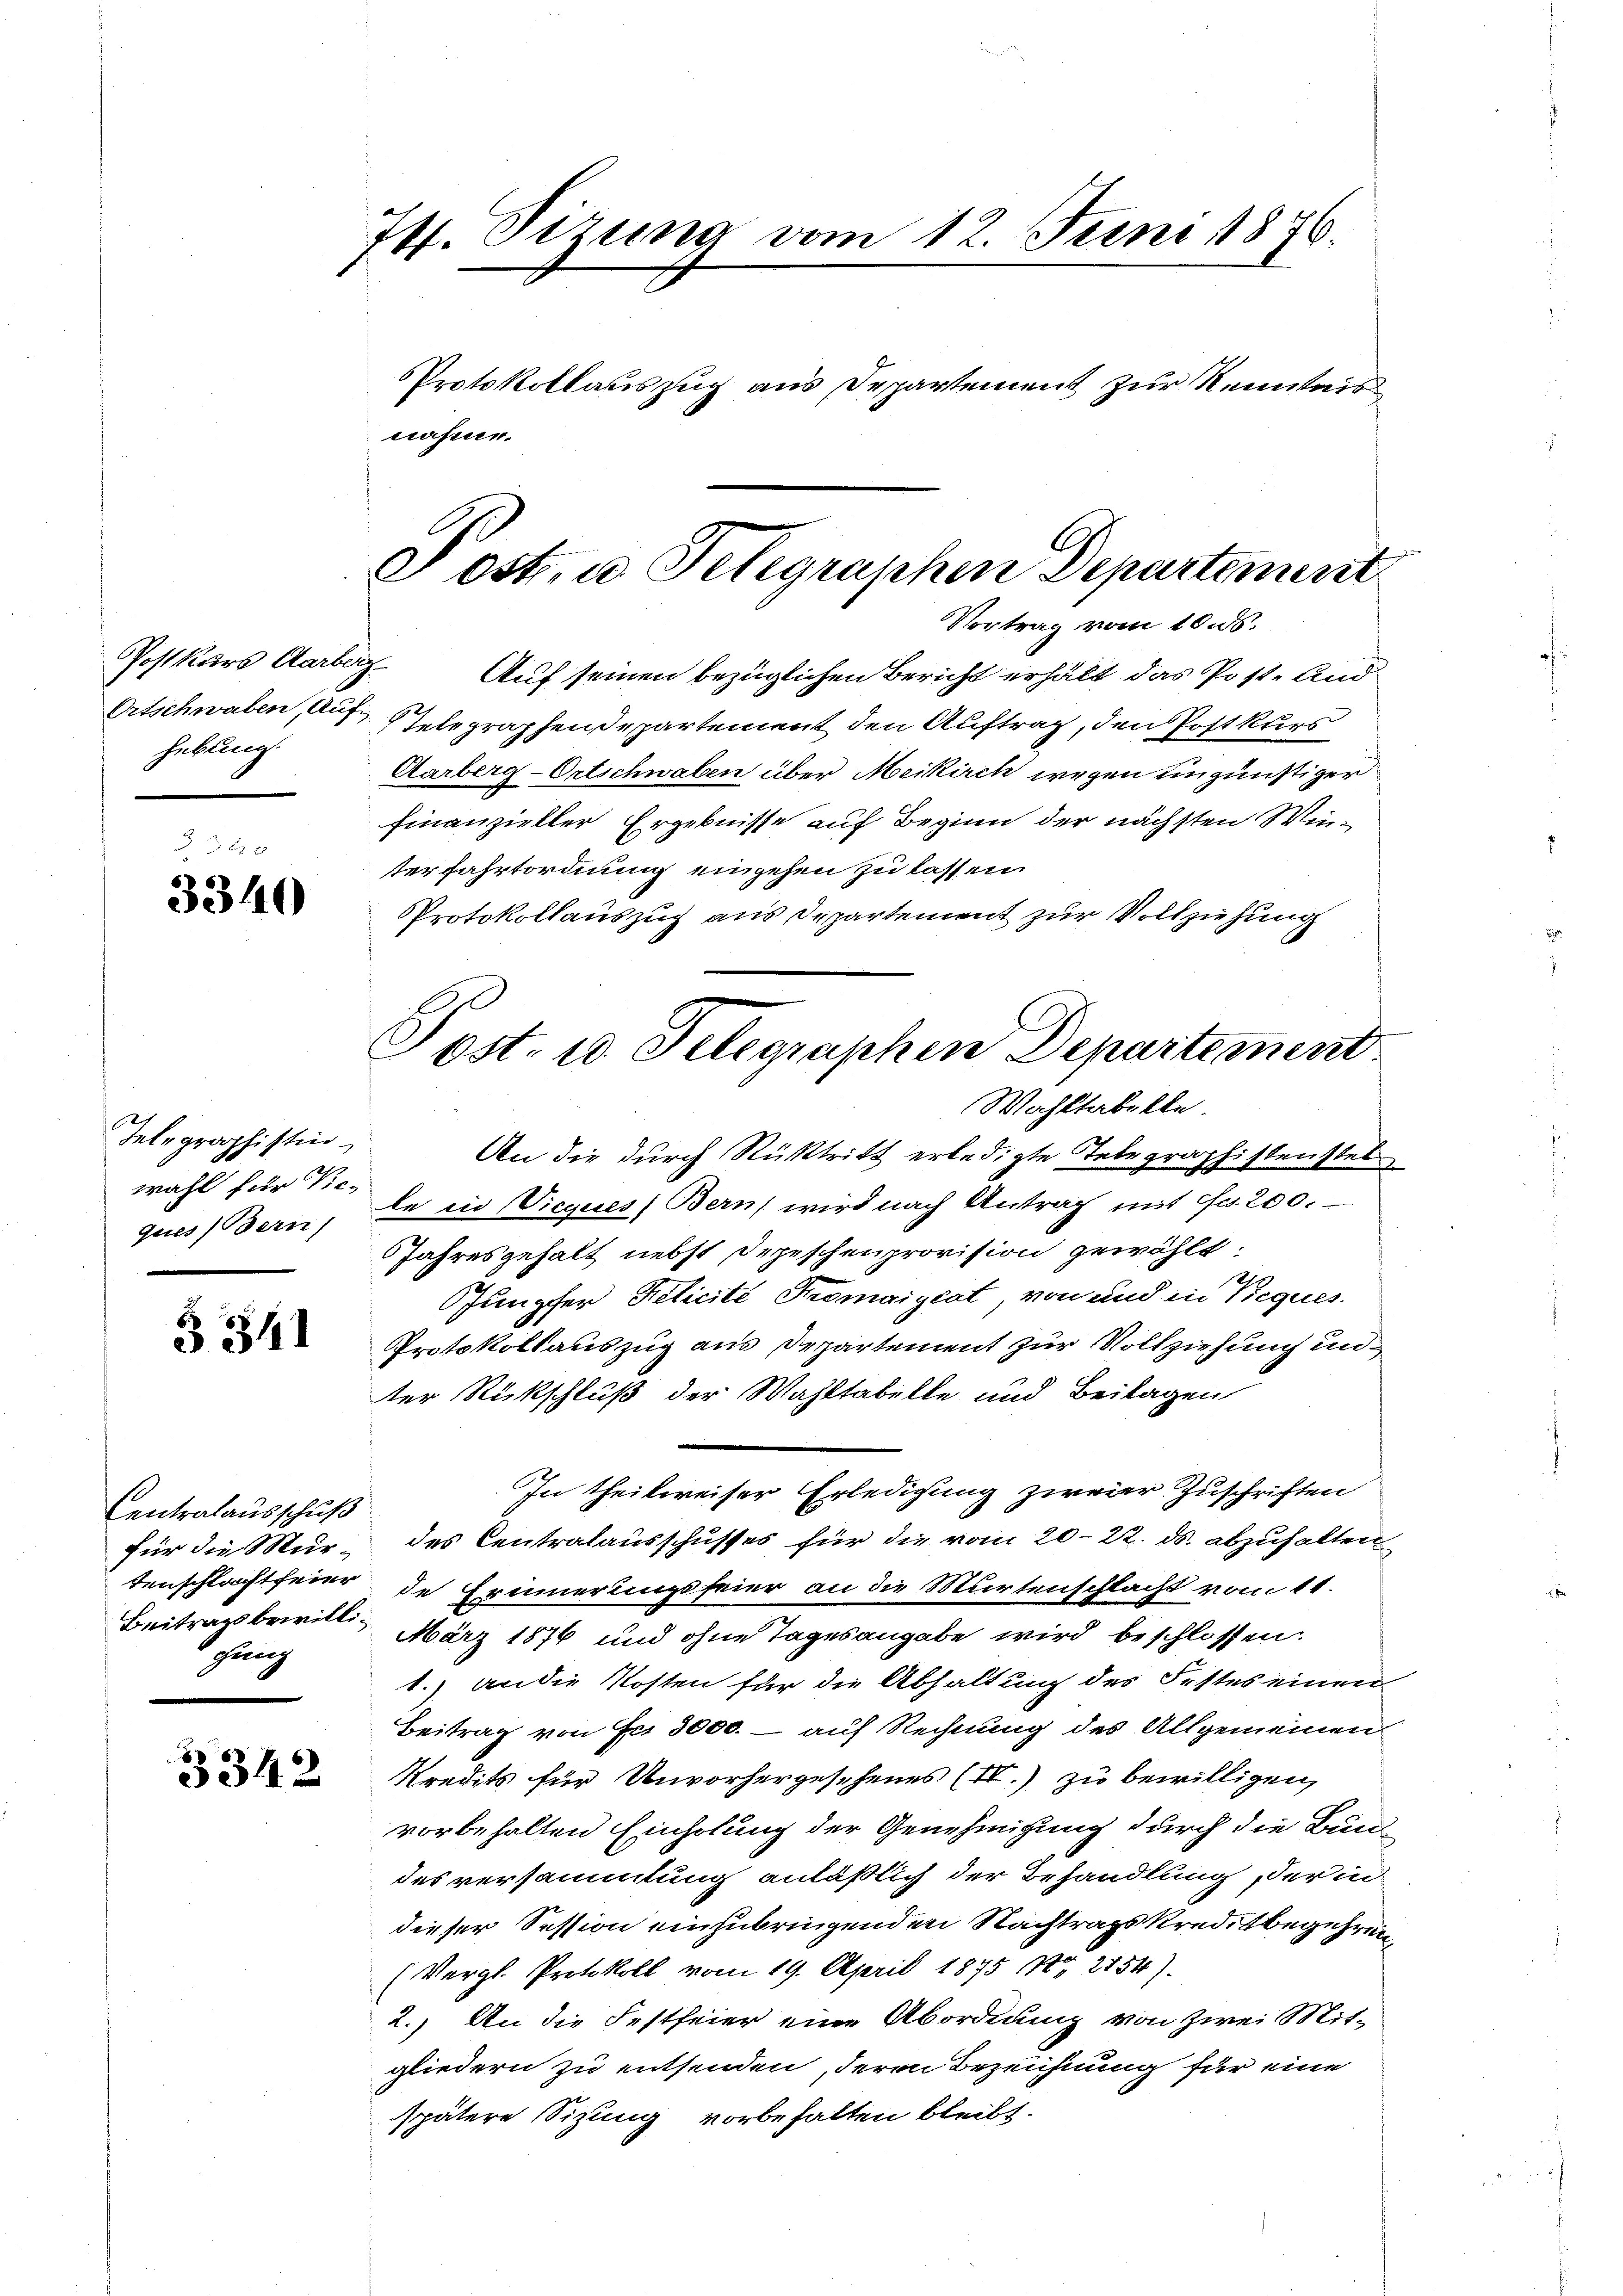
Postkurs Aarberg.
Ortschwaben, Auf-
hebung.

3340

Telegraphistin
wahl für Vice-
ques Bern)

3 341

Centralausschuß
für die Murtenschlacht feier
Beitrag bewilligung

3342

74. Sizung vom 12. Juni 1876.
PProtokollauszug aus Departement zur Kenntnis
nahme.

f

Vortrag vom 10. ds.
e
Auf seinen bezüglichen Bericht erhält das Post. Und
Telegraphendepartement den Auftrag, den Postkurs
Aarberg-Ortschwaben über Meikirch wegen ungünstiger
Finanzieller Ergebnisse auf Beginn der nächsten Winserfahrtordnung eingehen zu lassen
Protokollauszug aus Departement zur Vollziehung
Wahltabelle
An die durch Rücktritt erledigte Telegraphistenstel
le in Vieques Bern wird nach Antrag mit Fr. 200.
Jahresgehalt nebst Depeschenprovision gewählt:
Junpfer Relicité Tromaigiat, von und in Reques.
Protokollauszug aus Departement zur Vollziehung unter Rückschluß der Wahltabelle und Beilagen
In theilweiser Erledigung zweier Zuschriften
des Centralausschusses für die vom 20. 22. ds. abzuhalten
de Erinnerungsfeier an die Murtenschlacht vom 11.
März 1876 und ohne Tagesangabe wird beschlossen.
1.) an die Kosten für die Abhaltung des Festes einen
Beitrag von Fr. 3000. - auf Rechnung des Allgemeinen
Kredits für Unvorhergesehenes (IV.) zu bewilligen,
vorbehalten Einholung der Genehmigung durch die Bun-
des versammlung anläßlich der Behandlung, der indieser Session einzubringenden Nachtragskreditbegehren,
(Vergl. Protokoll vom 19. April 1875 n 2754)
2.) An die Festfeier eine Abordnung von zwei Mit-
gliedern zu entsenden, deren Bezeichnung für eine
spätere Sizung vorbehalten bleibt.

e ost. u. Telegraphen Departement

Post. 10. Telegraphen Departement